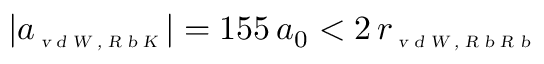
| a _ { \scriptscriptstyle \textsl { v d W , R b K } } | = 1 5 5 \, a _ { 0 } < 2 \, r _ { \scriptscriptstyle \textsl { v d W , R b R b } }